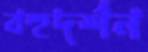
বহুদর্শন